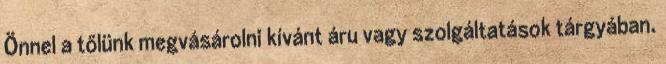
Önnel a tőlünk megvásárolni kívánt áru vagy szolgáltatások tárgyában.